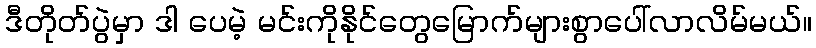
ဒီတိုတ်ပွဲမှာ ဒါ ပေမဲ့ မင်းကိုနိုင်တွေမြောက်များစွာပေါ်လာလိမ်မယ်။